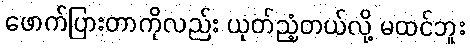
ဖောက်ပြားတာကိုလည်း ယုတ်ညံ့တယ်လို့ မထင်ဘူး